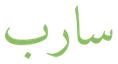
سارب